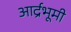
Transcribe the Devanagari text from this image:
आर्द्रभूमी